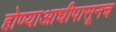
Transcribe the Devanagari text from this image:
होण्याआधीपासूनच